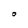
Character: O